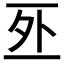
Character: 𠄨